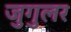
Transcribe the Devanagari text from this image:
जुगुलर